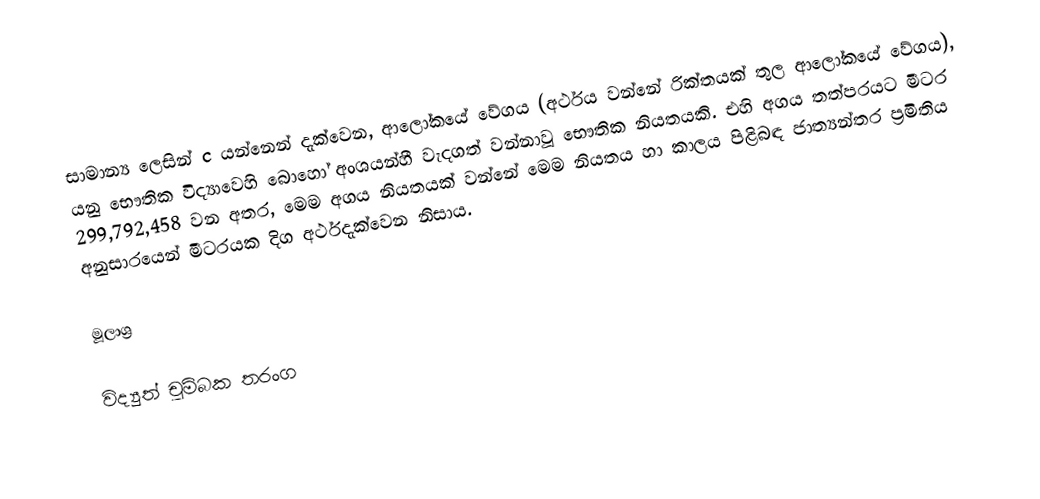
සාමාන්‍ය ලෙසින් c යන්නෙන් දැක්වෙන, ආලෝකයේ වේගය (අර්ථය වන්නේ රික්තයක් තුල ආලෝකයේ වේගය), යනු භෞතික විද්‍යාවෙහි බොහෝ අංශයන්හී වැදගත් වන්නාවූ  භෞතික නියතයකි. එහි අගය තත්පරයට මීටර 299,792,458 වන අතර, මෙම අගය නියතයක් වන්නේ මෙම නියතය හා කාලය පිළිබඳ ජාත්‍යන්තර ප්‍රමිතිය අනුසාරයෙන් මීටරයක දිග අර්ථදැක්වෙන නිසාය.

මූලාශ්‍ර

විද්‍යුත් චුම්බක තරංග